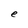
Character: e